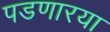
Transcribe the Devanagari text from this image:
पडणारया